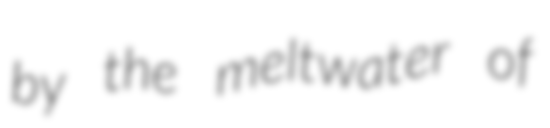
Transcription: by the meltwater of